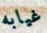
غيابه